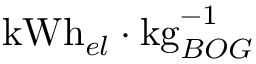
\mathrm { k W h } _ { e l } \cdot \mathrm { k g } _ { B O G } ^ { - 1 }